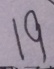
1 9